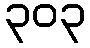
၃၀၃